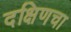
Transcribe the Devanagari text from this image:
दक्षिणचा